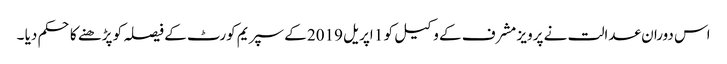
اس دوران عدالت نے پرویز مشرف کے وکیل کو 1 اپریل 2019 کے سپریم کورٹ کے فیصلہ کو پڑھنے کا حکم دیا ۔